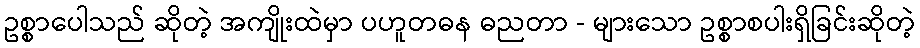
ဥစ္စာပေါသည် ဆိုတဲ့ အကျိုးထဲမှာ ပဟူတဓန ဓညတာ - များသော ဥစ္စာစပါးရှိခြင်းဆိုတဲ့